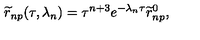
{ \widetilde r } _ { n p } ( \tau , \lambda _ { n } ) = \tau ^ { n + 3 } e ^ { - \lambda _ { n } \tau } { \widetilde r } _ { n p } ^ { 0 } ,